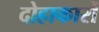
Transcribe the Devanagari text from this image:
दोहाकारों